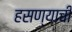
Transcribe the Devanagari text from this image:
हसण्याची